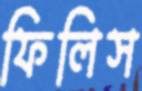
ফিলিস